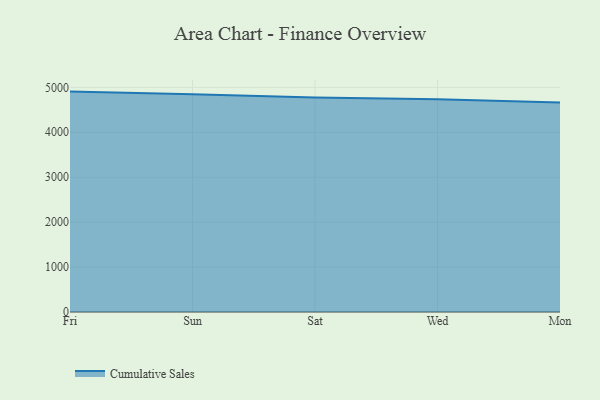
{"axis": {"x": "Day", "y": "Active Users"}, "legend": ["Cumulative Sales"], "data": [{"x": "Fri", "y": 4905.3, "type": "Cumulative Sales"}, {"x": "Sun", "y": 4848.1, "type": "Cumulative Sales"}, {"x": "Sat", "y": 4772.4, "type": "Cumulative Sales"}, {"x": "Wed", "y": 4732.9, "type": "Cumulative Sales"}, {"x": "Mon", "y": 4662.1, "type": "Cumulative Sales"}]}